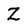
Character: Z